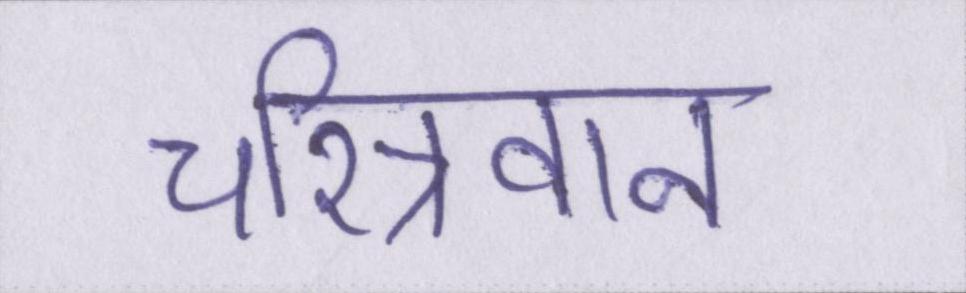
चरित्रवान